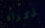
ذكراه